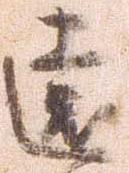
遠